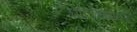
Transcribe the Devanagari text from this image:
घाटाच्यावर